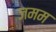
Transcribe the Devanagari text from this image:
जमम